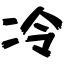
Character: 冷